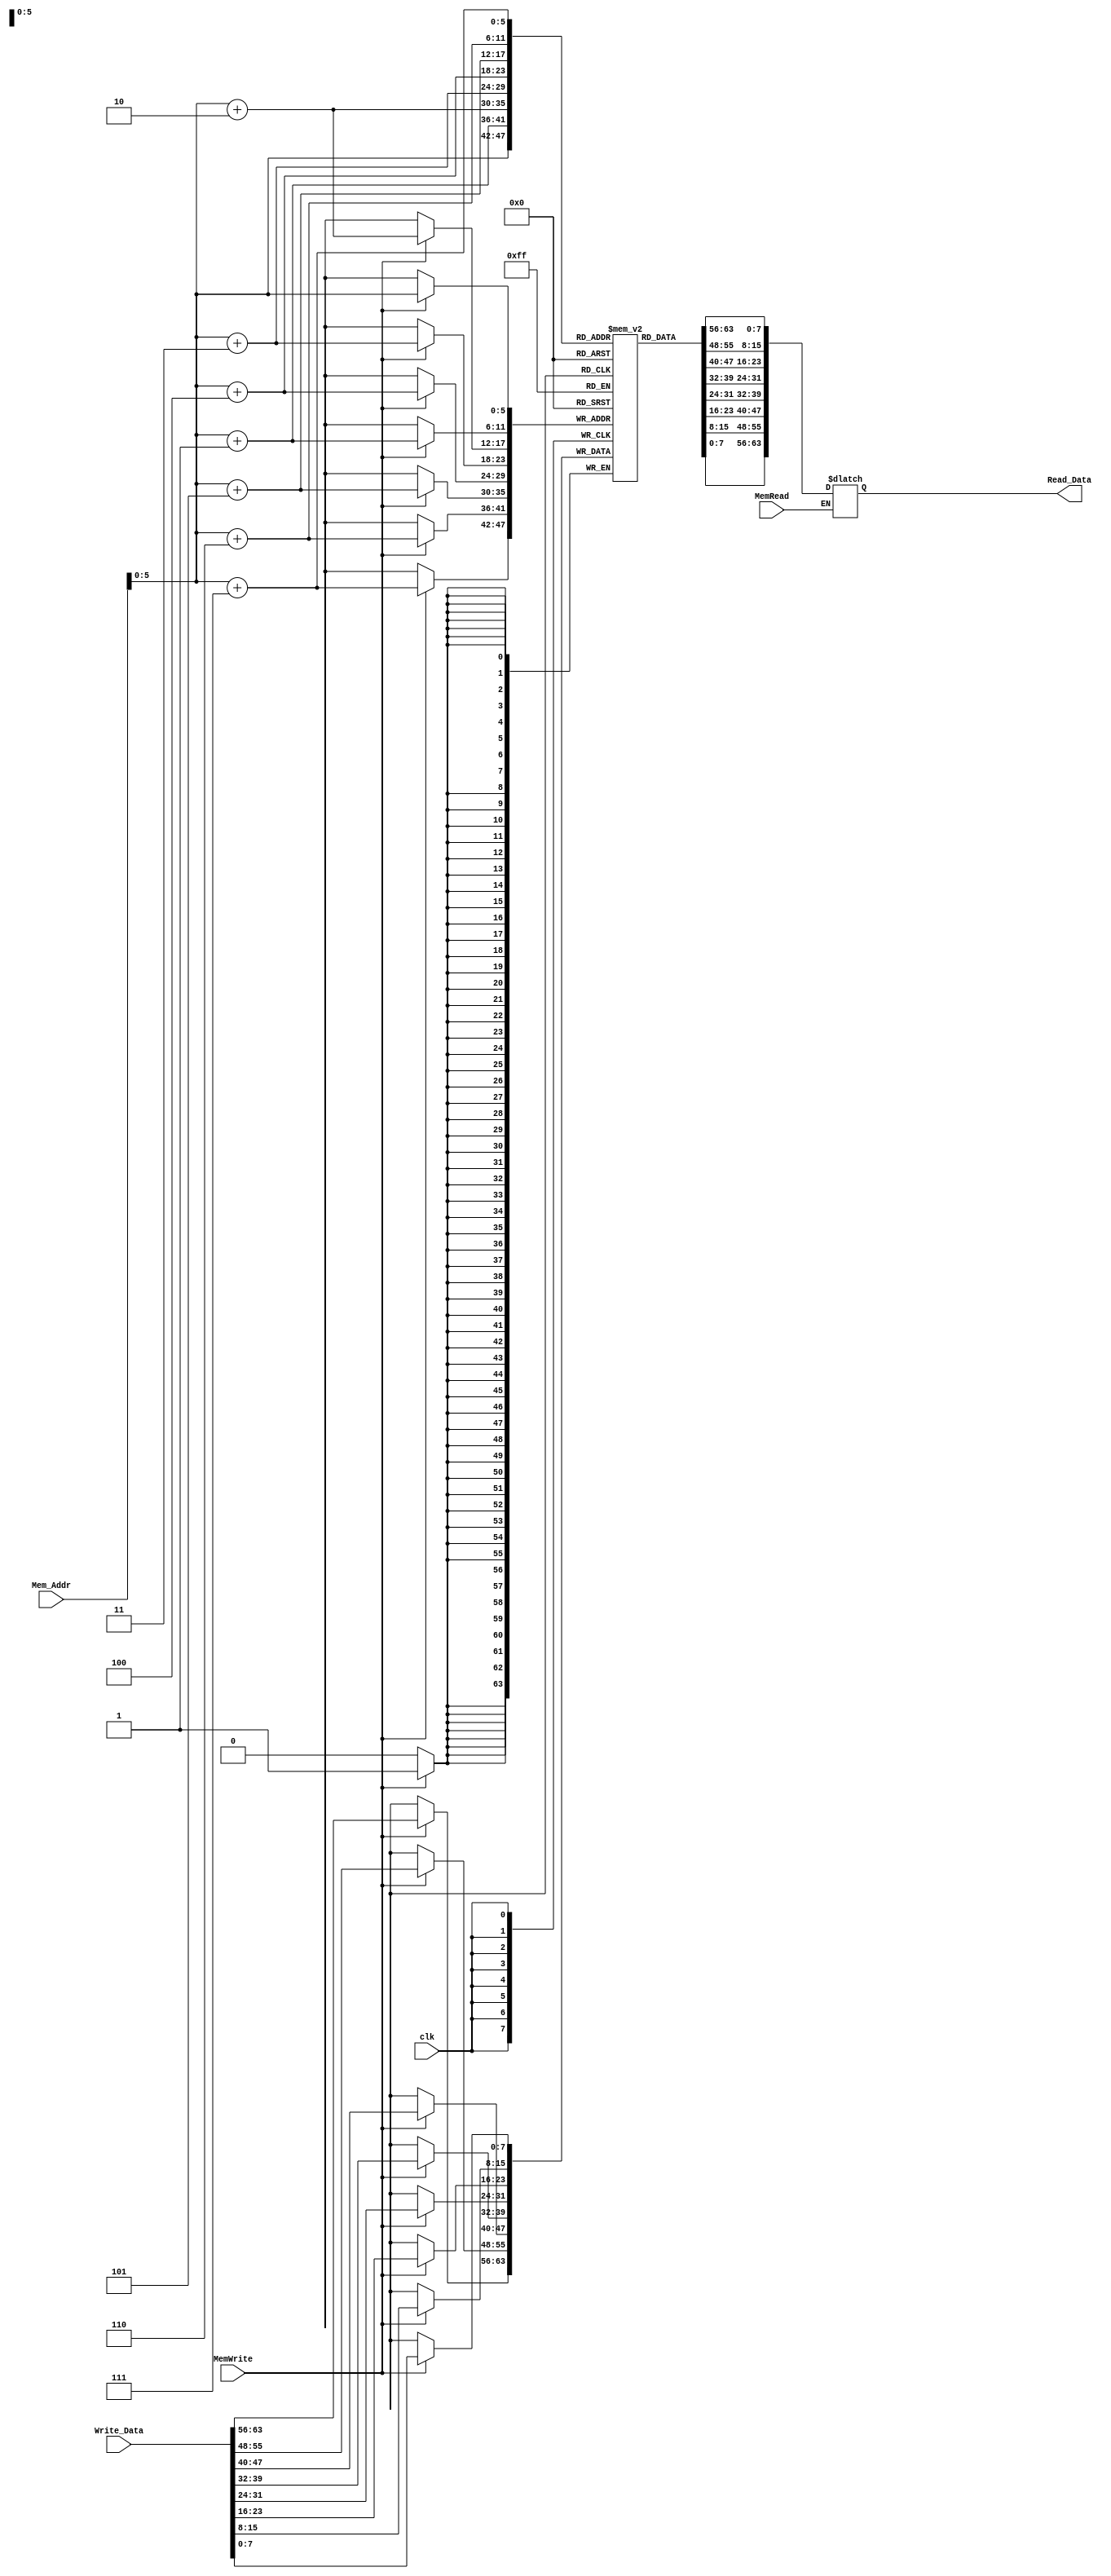
module Data_Memory
(
input clk, MemWrite, MemRead,
input [63:0]Mem_Addr,
input [63:0]Write_Data,

output reg [63:0]Read_Data
);

reg [7:0] byte_array [63:0];

initial
begin
  byte_array[0] <= 8'd33;
  byte_array[1] <= 8'd60;
  byte_array[2] <= 8'd13;
  byte_array[3] <= 8'd62;
  byte_array[4] <= 8'd46;
  byte_array[5] <= 8'd23;
  byte_array[6] <= 8'd87;
  byte_array[7] <= 8'd12;
  byte_array[8] <= 8'd93;
  byte_array[9] <= 8'd78;
  byte_array[10] <= 8'd36;
  byte_array[11] <= 8'd41;
  byte_array[12] <= 8'd68;
  byte_array[13] <= 8'd18;
  byte_array[14] <= 8'd53;
  byte_array[15] <= 8'd57;
  byte_array[16] <= 8'd94;
  byte_array[17] <= 8'd36;
  byte_array[18] <= 8'd2;
  byte_array[19] <= 8'd96;
  byte_array[20] <= 8'd92;
  byte_array[21] <= 8'd52;
  byte_array[22] <= 8'd44;
  byte_array[23] <= 8'd87;
  byte_array[24] <= 8'd20;
  byte_array[25] <= 8'd79;
  byte_array[26] <= 8'd1;
  byte_array[27] <= 8'd81;
  byte_array[28] <= 8'd48;
  byte_array[29] <= 8'd32;
  byte_array[30] <= 8'd15;
  byte_array[31] <= 8'd30;
  byte_array[32] <= 8'd58;
  byte_array[33] <= 8'd57;
  byte_array[34] <= 8'd65;
  byte_array[35] <= 8'd53;
  byte_array[36] <= 8'd9;
  byte_array[37] <= 8'd97;
  byte_array[38] <= 8'd63;
  byte_array[39] <= 8'd41;
  byte_array[40] <= 8'd75;
  byte_array[41] <= 8'd33;
  byte_array[42] <= 8'd87;
  byte_array[43] <= 8'd81;
  byte_array[44] <= 8'd60;
  byte_array[45] <= 8'd14;
  byte_array[46] <= 8'd23;
  byte_array[47] <= 8'd19;
  byte_array[48] <= 8'd42;
  byte_array[49] <= 8'd11;
  byte_array[50] <= 8'd1;
  byte_array[51] <= 8'd60;
  byte_array[52] <= 8'd2;
  byte_array[53] <= 8'd33;
  byte_array[54] <= 8'd71;
  byte_array[55] <= 8'd16;
  byte_array[56] <= 8'd24;
  byte_array[57] <= 8'd21;
  byte_array[58] <= 8'd38;
  byte_array[59] <= 8'd84;
  byte_array[60] <= 8'd32;
  byte_array[61] <= 8'd98;
  byte_array[62] <= 8'd89;
  byte_array[63] <= 8'd18;
end

//writing
always @ (posedge clk)
begin
  if(MemWrite)
  begin
    byte_array[Mem_Addr] <= Write_Data[7:0];
    byte_array[Mem_Addr + 64'd1] <= Write_Data[15:8];
    byte_array[Mem_Addr + 64'd2] <= Write_Data[23:16];
    byte_array[Mem_Addr + 64'd3] <= Write_Data[31:24];
    byte_array[Mem_Addr + 64'd4] <= Write_Data[39:32];
    byte_array[Mem_Addr + 64'd5] <= Write_Data[47:40];
    byte_array[Mem_Addr + 64'd6] <= Write_Data[55:48];
    byte_array[Mem_Addr + 64'd7] <= Write_Data[63:56];
  end
end

//reading
always @ (*)
begin
  if(MemRead)
    Read_Data <= {byte_array[Mem_Addr + 64'd7], byte_array[Mem_Addr + 64'd6], byte_array[Mem_Addr + 64'd5], byte_array[Mem_Addr + 64'd4], byte_array[Mem_Addr + 64'd3], byte_array[Mem_Addr + 64'd2], byte_array[Mem_Addr + 64'd1], byte_array[Mem_Addr]};
end

endmodule